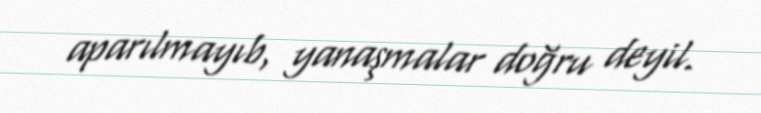
aparılmayıb, yanaşmalar doğru deyil.